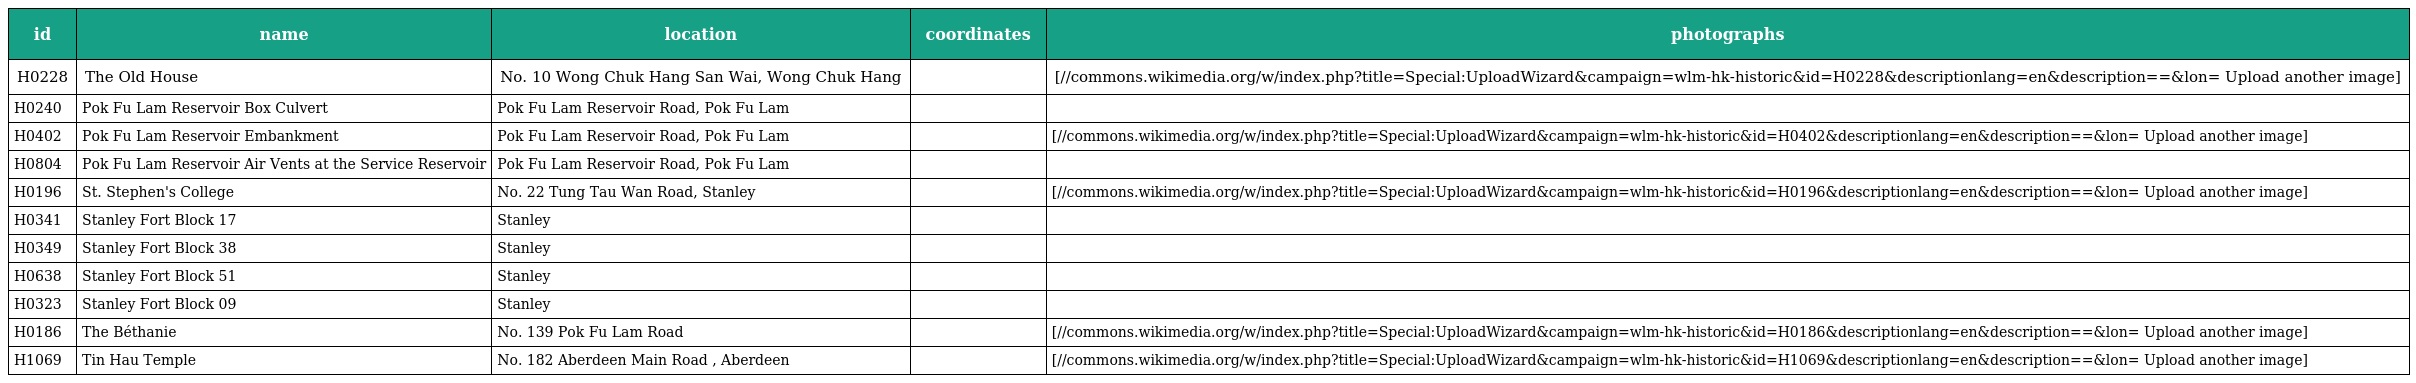
| id | name | location | coordinates | photographs |
 | --- | --- | --- | --- | --- |
 | H0228 | The Old House | No. 10 Wong Chuk Hang San Wai, Wong Chuk Hang |  | [//commons.wikimedia.org/w/index.php?title=Special:UploadWizard&campaign=wlm-hk-historic&id=H0228&descriptionlang=en&description=⪫=&lon= Upload another image] |
 | H0240 | Pok Fu Lam Reservoir Box Culvert | Pok Fu Lam Reservoir Road, Pok Fu Lam |  |  |
 | H0402 | Pok Fu Lam Reservoir Embankment | Pok Fu Lam Reservoir Road, Pok Fu Lam |  | [//commons.wikimedia.org/w/index.php?title=Special:UploadWizard&campaign=wlm-hk-historic&id=H0402&descriptionlang=en&description=⪫=&lon= Upload another image] |
 | H0804 | Pok Fu Lam Reservoir Air Vents at the Service Reservoir | Pok Fu Lam Reservoir Road, Pok Fu Lam |  |  |
 | H0196 | St. Stephen's College | No. 22 Tung Tau Wan Road, Stanley |  | [//commons.wikimedia.org/w/index.php?title=Special:UploadWizard&campaign=wlm-hk-historic&id=H0196&descriptionlang=en&description=⪫=&lon= Upload another image] |
 | H0341 | Stanley Fort Block 17 | Stanley |  |  |
 | H0349 | Stanley Fort Block 38 | Stanley |  |  |
 | H0638 | Stanley Fort Block 51 | Stanley |  |  |
 | H0323 | Stanley Fort Block 09 | Stanley |  |  |
 | H0186 | The Béthanie | No. 139 Pok Fu Lam Road |  | [//commons.wikimedia.org/w/index.php?title=Special:UploadWizard&campaign=wlm-hk-historic&id=H0186&descriptionlang=en&description=⪫=&lon= Upload another image] |
 | H1069 | Tin Hau Temple | No. 182 Aberdeen Main Road , Aberdeen |  | [//commons.wikimedia.org/w/index.php?title=Special:UploadWizard&campaign=wlm-hk-historic&id=H1069&descriptionlang=en&description=⪫=&lon= Upload another image] |